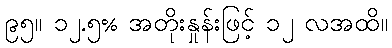
၉၅။ ၁၂.၅% အတိုးနှုန်းဖြင့် ၁၂ လအထိ။